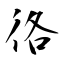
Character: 𢓜